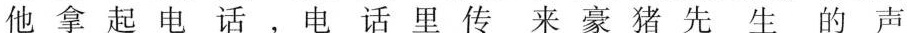
他拿起电话，电话里传来豪猪先生的声